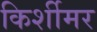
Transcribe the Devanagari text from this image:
किर्शीमर